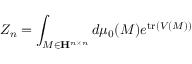
Z _ { n } = \int _ { M \in \mathbf { H } ^ { n \times n } } d \mu _ { 0 } ( M ) e ^ { { \mathrm { t r } } ( V ( M ) ) }